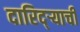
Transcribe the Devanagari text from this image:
दारिद्‌र्‍याची